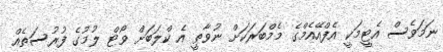
ނަމަވެސް އެޓީމަކީ އެފްއޭއެމްގެ މެމްބަރަކަށް ނުވާތީ އެ ކްލަބަށް ވޯޓް ލުމުގެ ފުރުސަތެއް